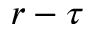
r - \tau